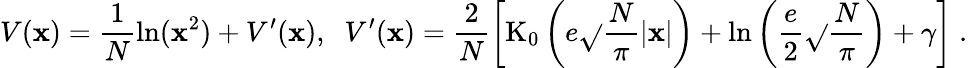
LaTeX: V(\mathbf{x})=\frac{{1}}{{N}}\ln(\mathbf{x}^{2})+V^{\prime}(\mathbf{x}),\; \; V^{\prime}(\mathbf{x})=\frac{{2}}{{N}}\left[\mathrm{{K}}_{0}\left(e\sqrt{}{{\frac{{N}}{{\pi}}}}|\mathbf{x}|\right)+\ln\left(\frac{{e}}{{2}}\sqrt{}{{\frac{{N}}{{\pi}}}}\right)+\gamma\right]\; .